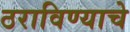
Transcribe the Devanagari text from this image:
ठराविण्याचे